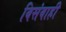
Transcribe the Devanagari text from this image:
विसंवाही